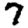
Digit: 7